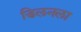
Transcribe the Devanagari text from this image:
डिलनला